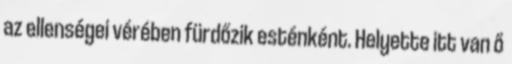
az ellenségei vérében fürdőzik esténként. Helyette itt van ő